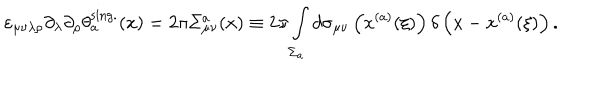
\varepsilon _ { \mu \nu \lambda \rho } \partial _ { \lambda } \partial _ { \rho } \theta _ { a } ^ { \mathrm { s i n g . } } ( x ) = 2 \pi \Sigma _ { \mu \nu } ^ { a } ( x ) \equiv 2 \pi \int _ { \Sigma _ { a } } ^ { } d \sigma _ { \mu \nu } \left( x ^ { ( a ) } ( \xi ) \right) \delta \left( x - x ^ { ( a ) } ( \xi ) \right) .